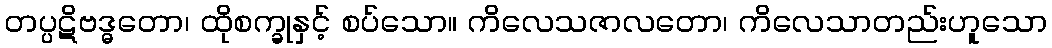
တပ္ပဋိဗဒ္ဓတော၊ ထိုစက္ခုနှင့် စပ်သော။ ကိလေသဇာလတော၊ ကိလေသာတည်းဟူသော